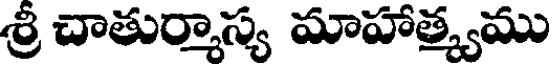
శ్రీ చాతుర్మాస్య మాహాత్మ్యము